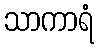
သာကာရံ